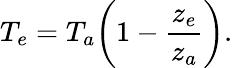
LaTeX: T_{e}=T_{a}\bigg(1-{\frac{z_{e}}{z_{a}}}\bigg).